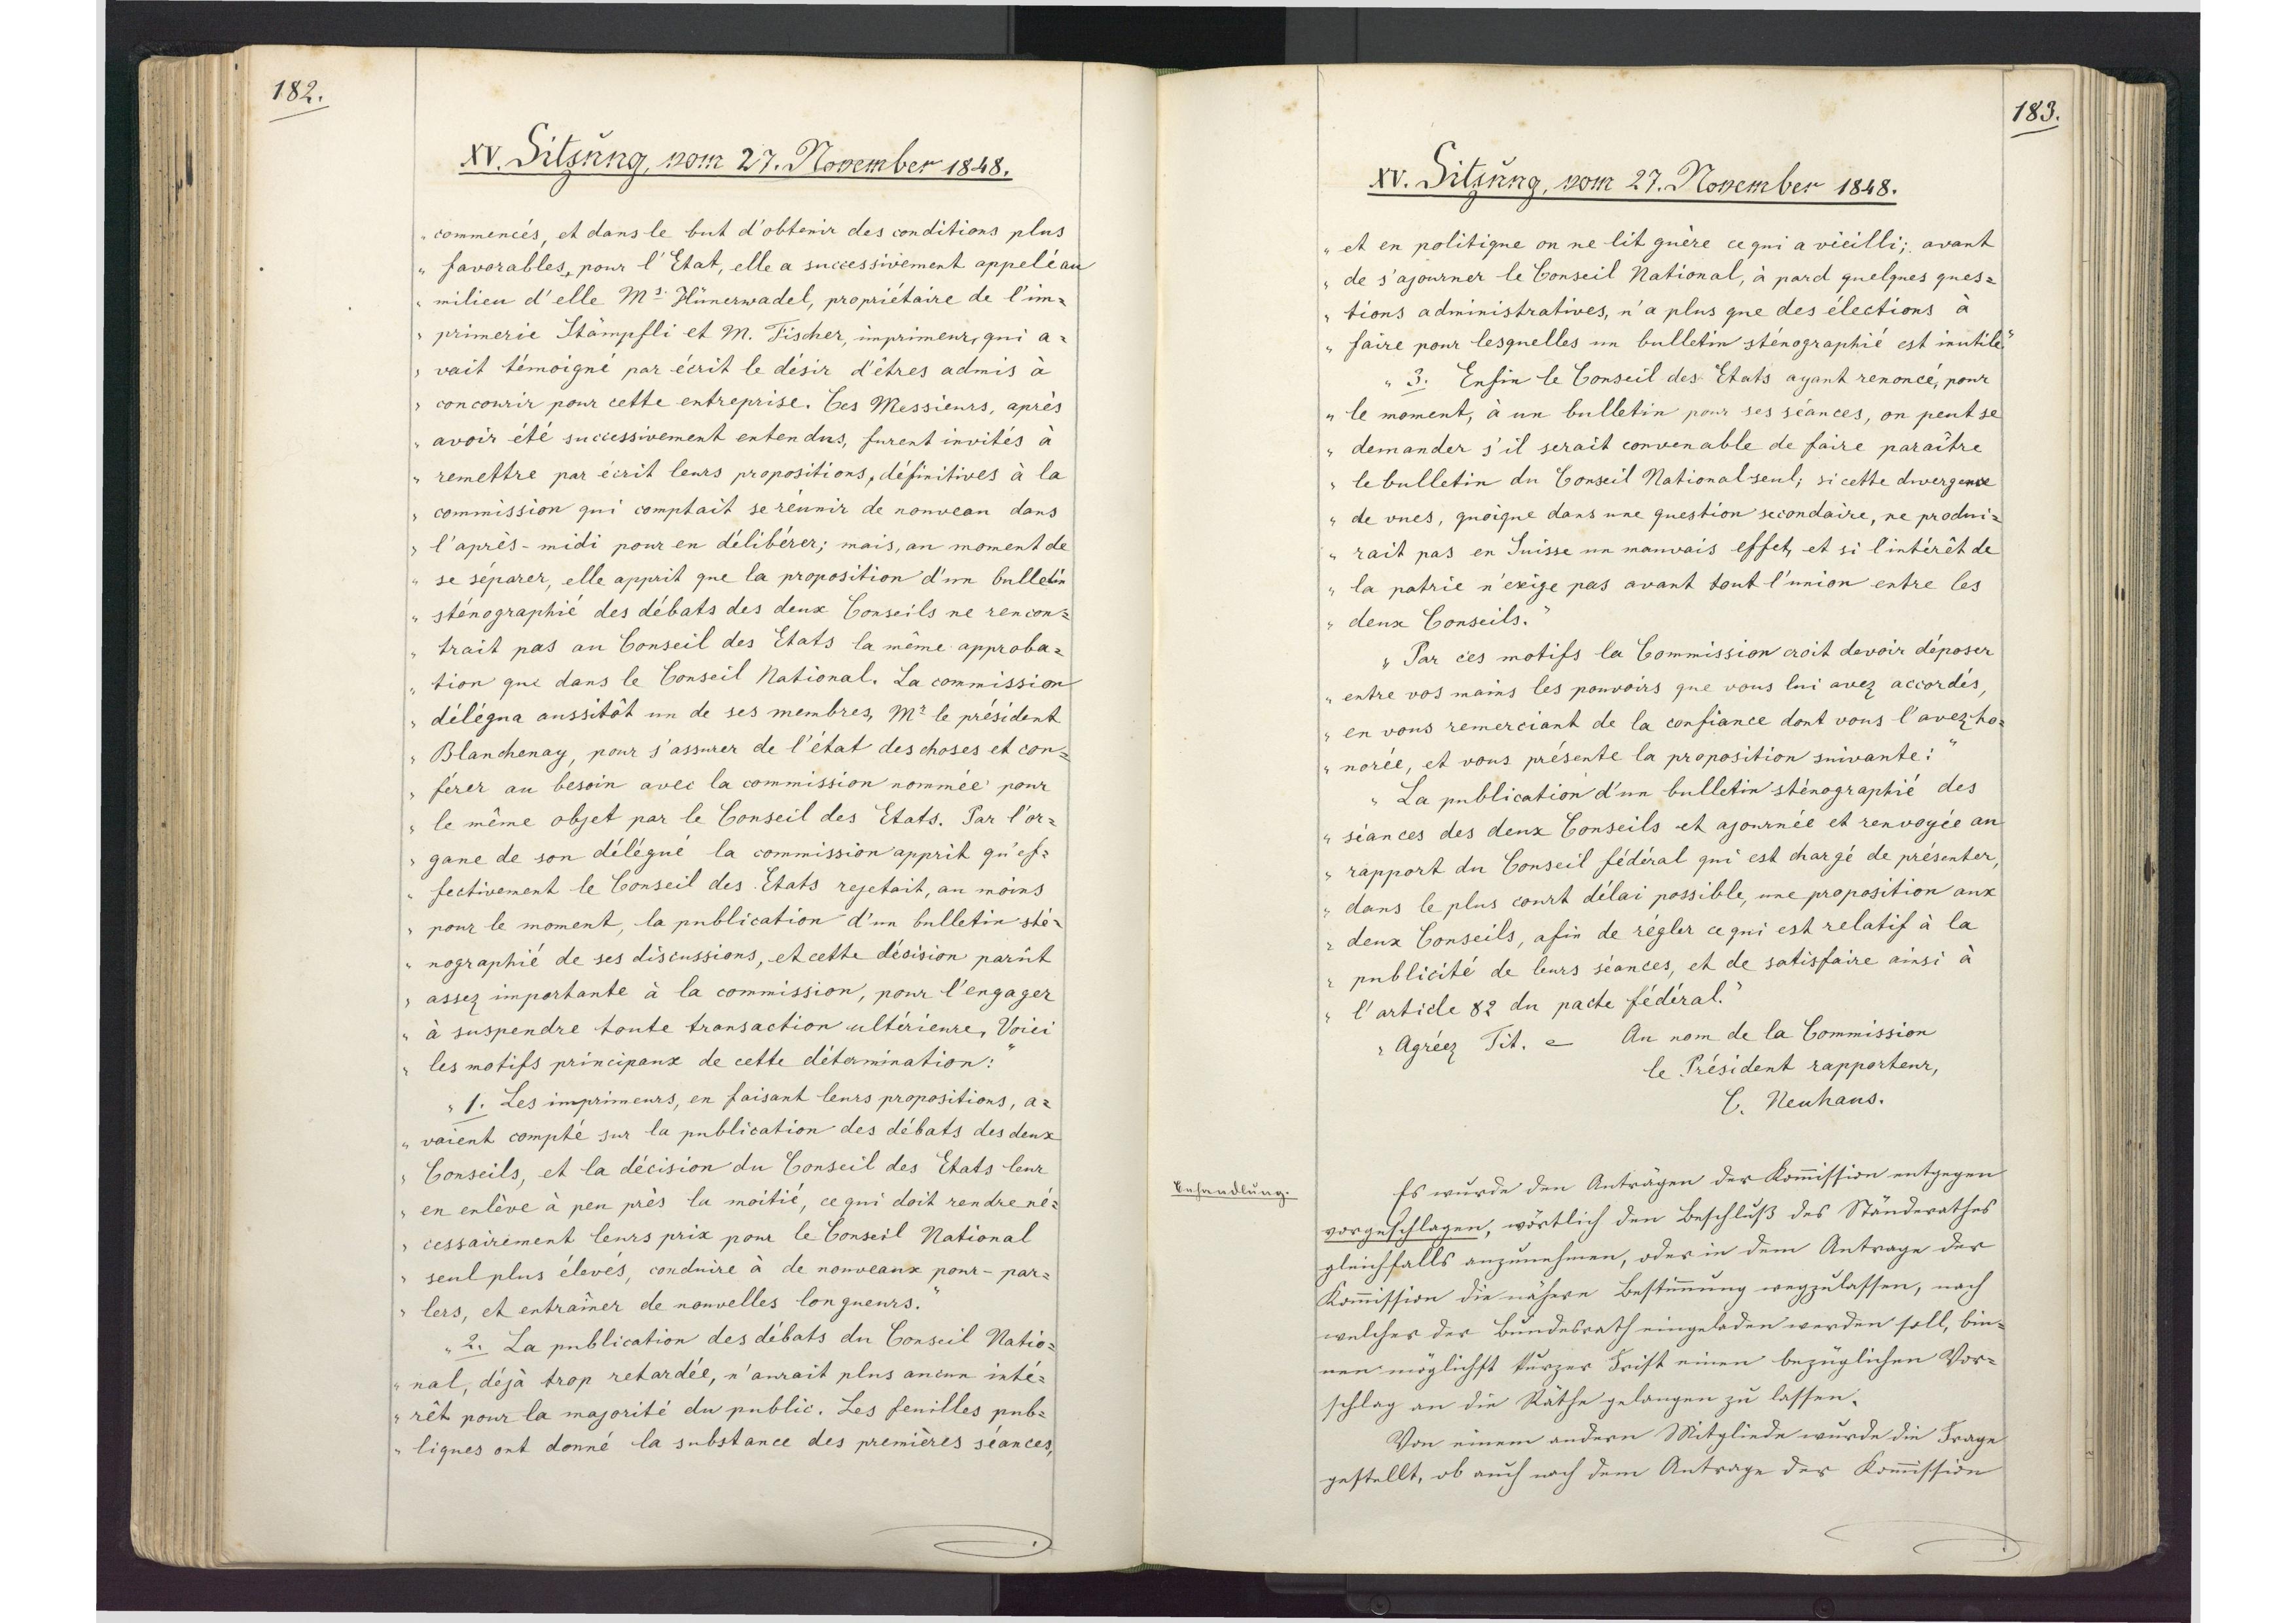
182.

XV. Sitzung, vom 27. November 1848.

commencés, et dans le but d`obtenir des conditions plus
favorables, pour l`Etat, elle a successivement appelé au
milieu d`elle Ms Hünerwadel, propriétaire de l`im¬
primerie Stämpfli et M. Fischer, imprimeur, qui a¬
vait témoigné par écrit le désir d`êtres admis à
concourir pour cette entreprise. Les Messieurs, aprés
avoir été successivement entendus, furent invités à
remettre par écrit leurs propositions, définitives à la
commission qui comptait se rèunir de nouveau dans
l`après-midi pour en délibérer; mais, au moment de
se séparer, elle apprit que la proposition d`un bulletin
sténographie des débats des deux Conseils ne rencon¬
trait pas au Conseil des Etats la meme approba¬
tion que dans le Conseil National. La commission
délégna aussitot un de ses membres, Mr le président
Blanchenay, pour s`assurer de l`état des choses et con¬
férer au besoin avec la commission nommée, pour
le meme objet par le Conseil des Etats. Par l`or¬
gane de son déléqué la commission apprit qu`ef¬
fectivement le Conseil des Etats rejetait, au moins
pour le moment, la publication d`un bulletin sté¬
nographié de ses discussions, et cette déoision parut
assez importante à la commission, pour l`engager
à suspendre toute transaction ultérieure. Voici
les motifs principauz de cette détamination:
1. Les imprimeurs, en faisant leurs propositions, a¬
vaient compté sur la publication des débats des deux
Conseils, et la décision de Conseil des Etats leur
en enlève à peu près la moitié, ce qui doit rendre né¬
cessairement leurs priz pour le Conseil National
seul plus éléves, conduire à de nouveauz pour-par¬
lers, et entrainer de nouvelles lon queurs.
2. La publication des débats de Conseil Natio¬
nal, déjà trop retardée, n`avait plus ancun inté¬
rét pour la majorité du public. Les feuilles pub¬
liques ont donné la substance des premières séances,

183.

XV. Sitzung, vom 27. November 1848.

et en politique on ne lit quère ce qui a vicilli; avant
de s`ajourner le Conseil National, à pard quelques ques¬
tions administratives, n`a plus que des élections à
faire pour lesquelles un bulletin sténographié est inutil.
3. Enfin le Conseil des Etats ayant renoncé, pour
le moment, à un bulletin pour ses séances, on peut se
demander s`il serait convenable de faire paraitre
le bulletin de Conseil National seul; si cette divergence
de vues, quoique dans une question secondaire, ne produi¬
rait pas en Suisse un mauvais effet, et si l`intérét de
la patrie n`exige pas avant tout l`union entre les
deux Conseils.
Par ces motifs la Commission croit devoir déposer
entre vos mains les pouvoirs que vous lui avez accordés
en vous remerciant de la confiance dont vous l`avez ho¬
norée, et vous présente la proposition suivante:
La publication d`un bulletin sténographie des
séances des deux Conseils et ajournée et renvoyée au
rapport du Conseil fédéral qui est chargé de présenter,
dans le plus court délai possible, une proposition aux
deux Conseils, afin de régler ce qui est relatif à la
publicité de leurs séances, et de satisfaire ainsi à
l`article 82 du pacte fédéral."
Agreez Tit. etc. Au nom de la Commission
le Président rapporteur,
C. Neuhaus.
Es wurde den Anträgen der Kommission entgegen
vorgeschlagen, wörtlich den Beschluß des Ständerathes
gleichfalls anzunehmen, oder in dem Antrage der
Kommission die nähere Bestimmung wegzulassen, nach
welcher der Bundesrath eingeladen werden soll, bin¬
nen möglichst kurzer Frist einen bezüglichen Vor¬
schlag an die Räthe gelangen zu lassen.
Von einem andern Mitgliede wurde die Frage
gestellt, ob auch nach dem Antrage der Kommission

Behandlung.